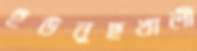
ইউনুছখালী